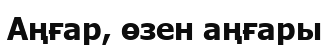
Аңғар, өзен аңғары